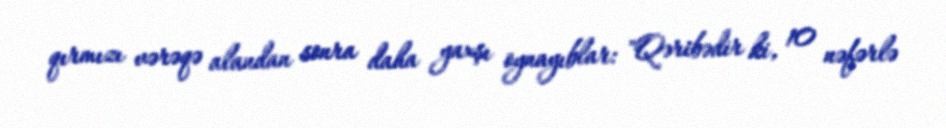
qırmızı vərəqə alandan sonra daha yaxşı oynayıblar: "Qəribədir ki, 10 nəfərlə